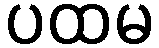
ပထမ